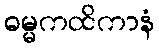
ဓမ္မကထိကာနံ